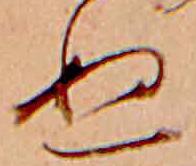
ぬ